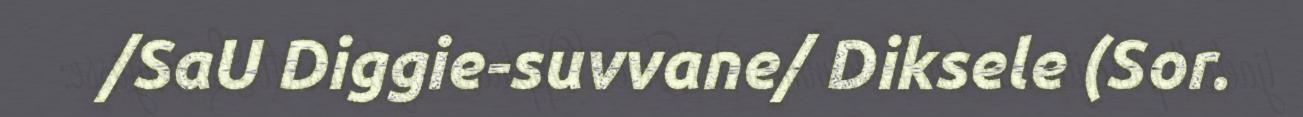
/SaU Diggie-suvvane/ Diksele (Sor.